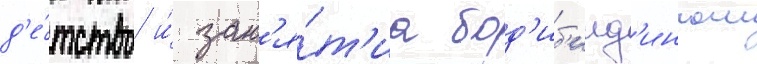
д'е́тство и́ зан'я́т'иа бод'иб'илд'ингом